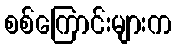
စစ်ကြောင်းများက